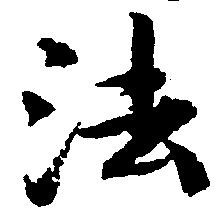
法